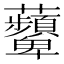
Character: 𧅵